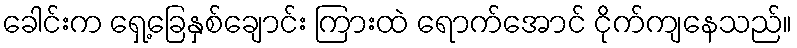
ခေါင်းက ရှေ့ခြေနှစ်ချောင်း ကြားထဲ ရောက်အောင် ငိုက်ကျနေသည်။